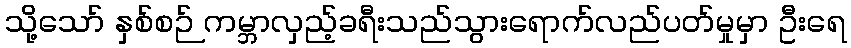
သို့သော် နှစ်စဉ် ကမ္ဘာလှည့်ခရီးသည်သွားရောက်လည်ပတ်မှုမှာ ဦးရေ